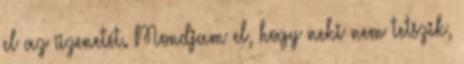
el az üzenetét. Mondjam el, hogy neki nem tetszik,